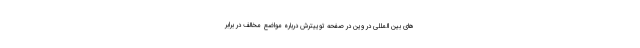
های بین المللی در وین در صفحه توییترش درباره مواضع مخالف در برابر